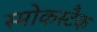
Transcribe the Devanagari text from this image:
स्मोकस्टैक